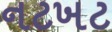
નટખટ